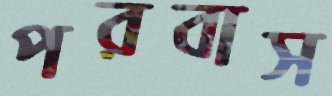
পরবাস